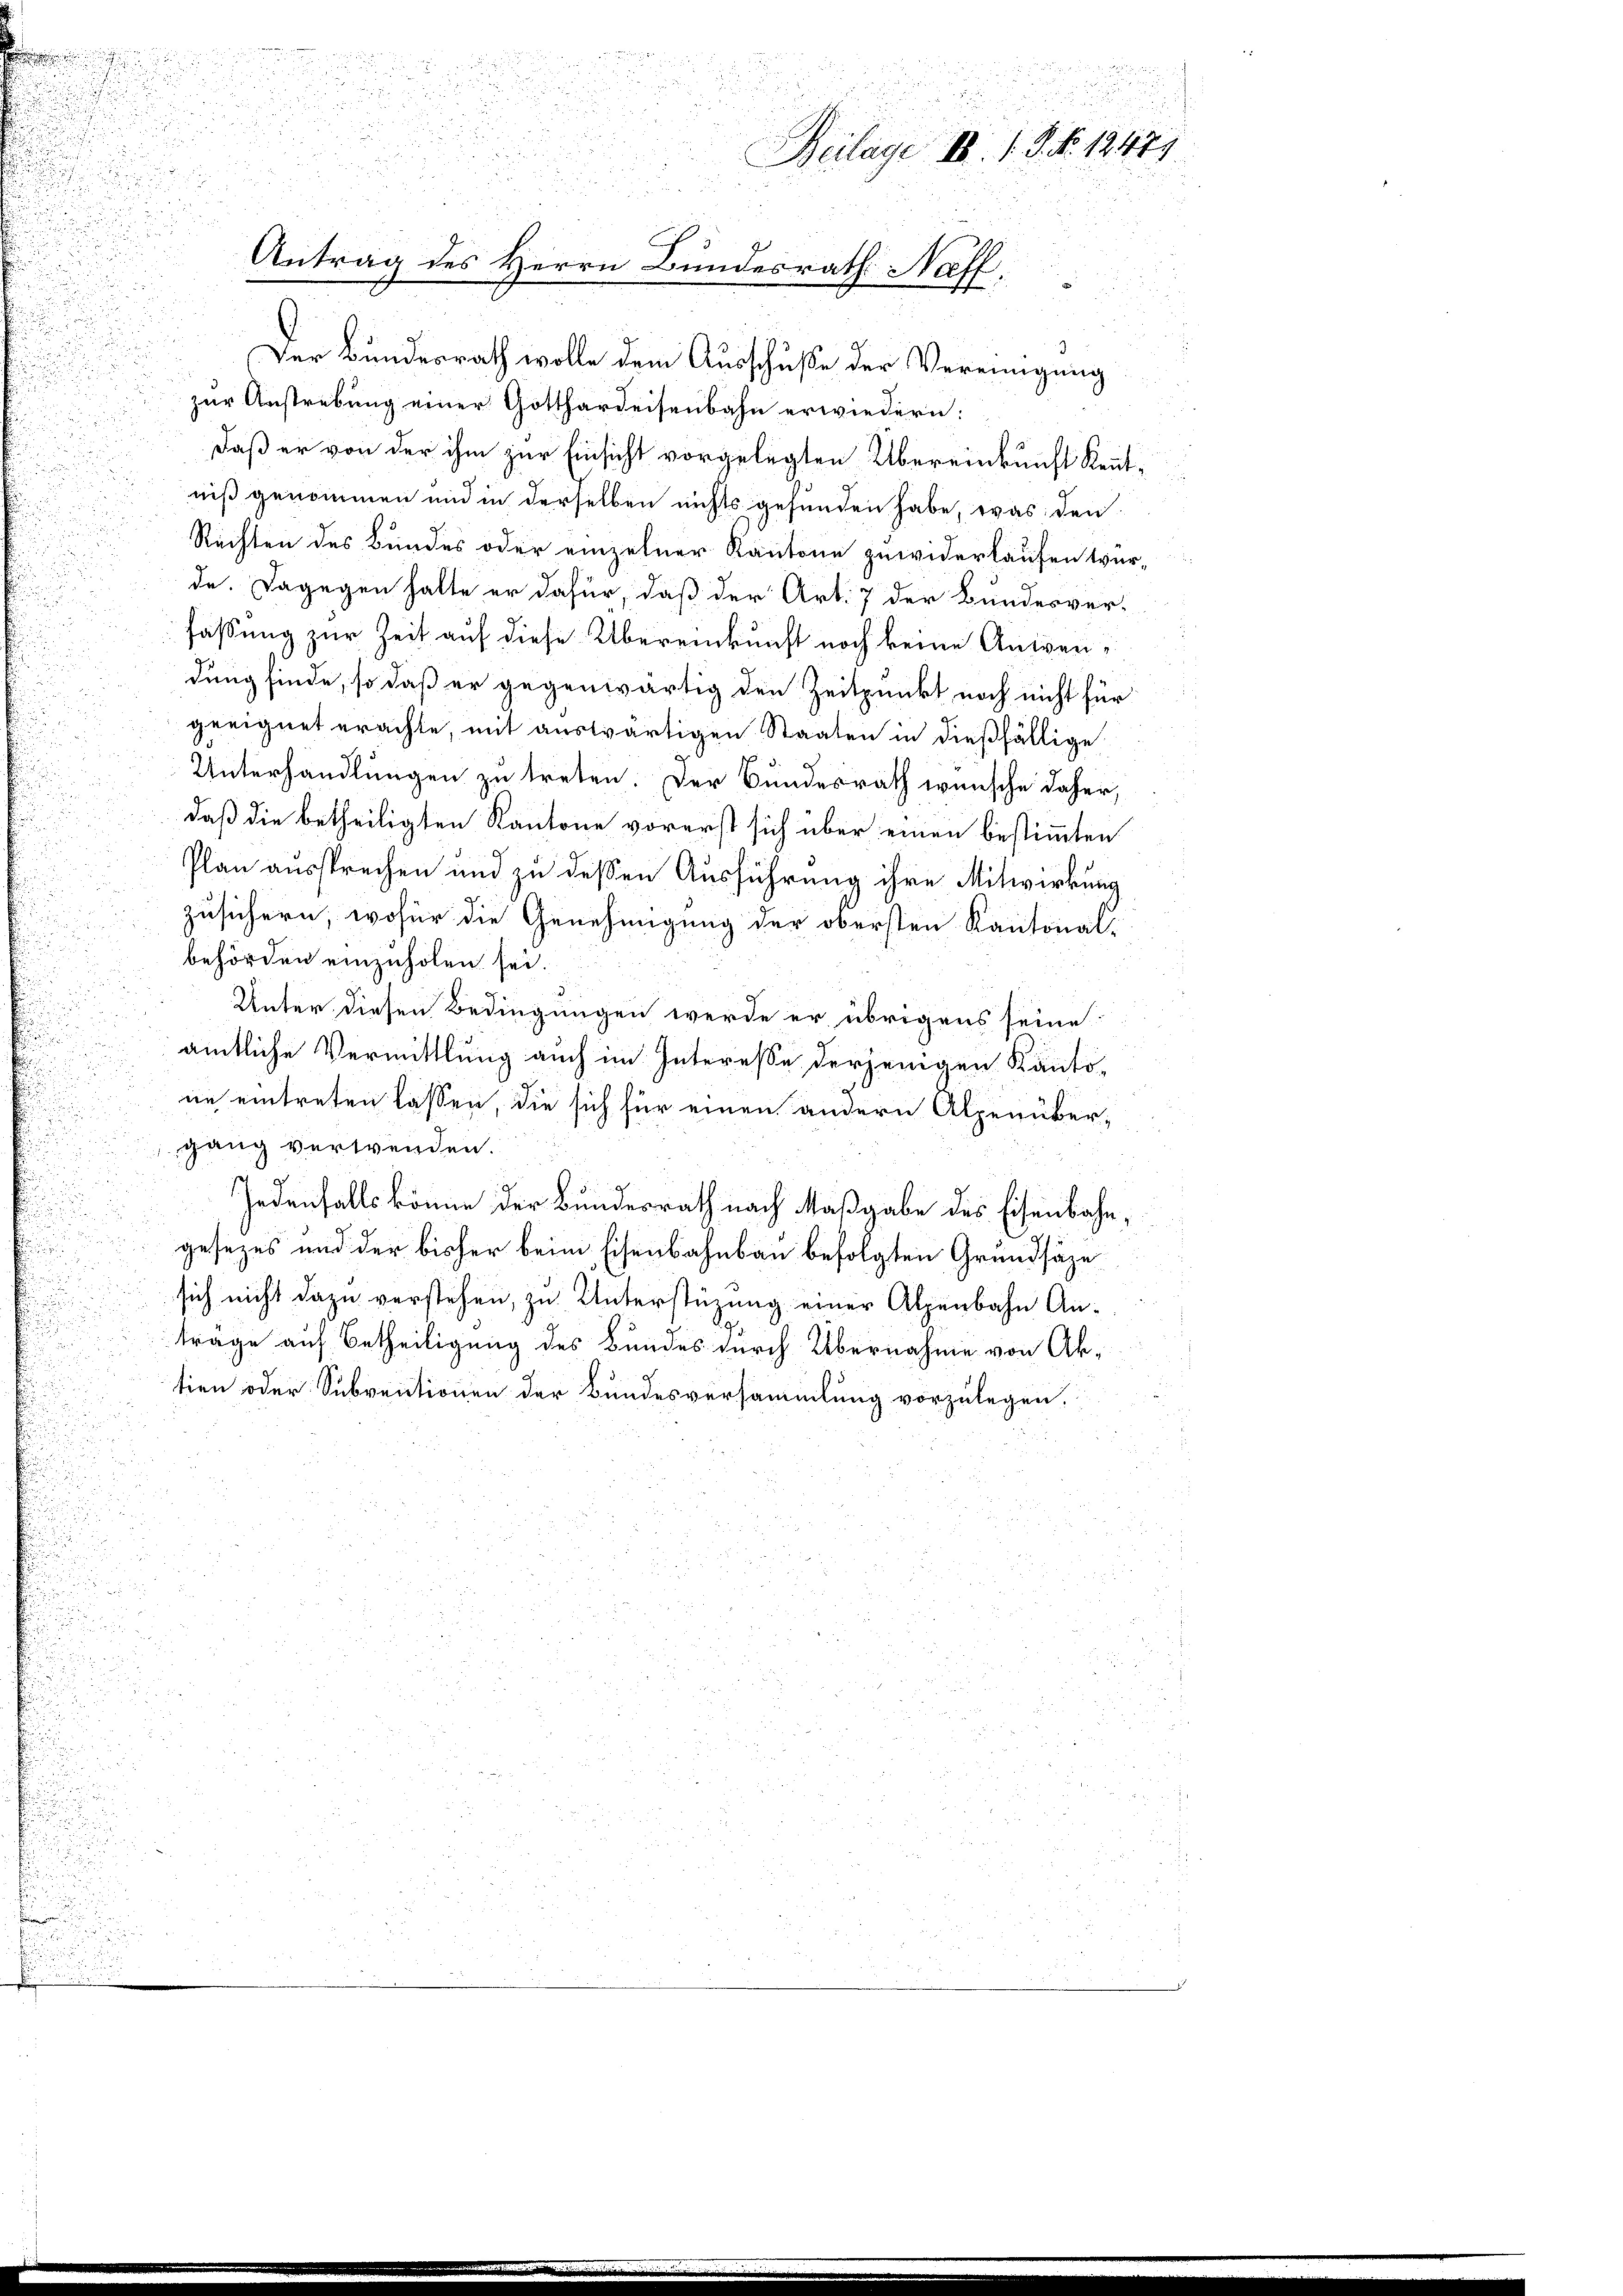
zur Anstrebung einer Gotthardeisenbahn erwiedern:
daß er von der ihm zur Einsicht vorgelegten Übereinkunft Kenntniß genommen und in derselben nichts gefunden habe, was den
Rechten des Bundes oder einzelner Kantone zuwiderlaufen wür-
de. Dagegen halte er dafür, daß der Art. 7 der Bundesver-
fassung zur Zeit auf diese Übereinkunft noch keine Anwendung finde, so daß er gegenwärtig den Zeitpunkt noch nicht für
geeignet erachte, mit auswärtigen Staaten in dießfällige
Unterhandlungen zu treten. Der Bundesrath wünsche daher,
daß die betheiligten Kantone vorerst sich über einen bestimmten
Plan aussprechen und zu dessen Ausführung ihre Mitwirkung
zusichern, wofür die Genehmigung der obersten Kantonal-
behörden einzuholen sei.
Unter diesen Bedingungen werde er übrigens seine
amtliche Vermittlung auch im Interesse derjenigen Kanto-
ne eintreten lassen, die sich für einen andern Alpenübergang verwenden.
u
Jedenfalls könne der Bundesrath nach Maßgabe des Eisenbahn,
i

gesezes und der bisher beim Eisenbahnbau befolgten Grundsäze
.

.
sich nicht dazu verstehen, zu Unterstüzung einer Alpenbahn Anträge auf Betheiligung des Bundes durch Übernahme von Aktien oder Subventionen der Bundesversammlung vorzulegen.
i

.

e

.

a
62.
2

1

u
Beilage 18. 1. J. F. 12471

F
Antrag des Herrn Bundesrath Naff,

Der Bundesrath wolle dem Ausschusse der Vereinigung